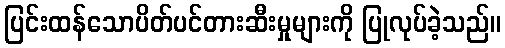
ပြင်းထန်သောပိတ်ပင်တားဆီးမှုများကို ပြုလုပ်ခဲ့သည်။